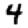
Digit: 4